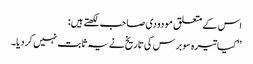
اس کے متعلق مودودی صاحب لکھتے ہیں:
’’کیا تیرہ سو برس کی تاریخ نے یہ ثابت نہیں کردیا۔